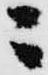
ニ